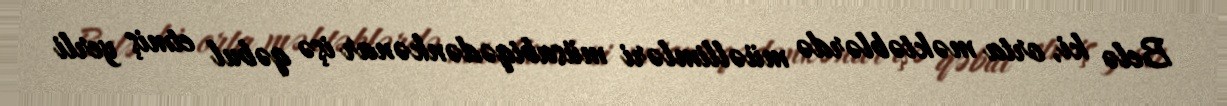
Belə ki, orta məktəblərdə müəllimləri müsabiqədənkənar işə qəbul etmiş yerli